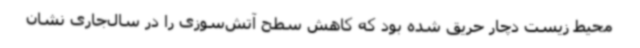
محیط زیست دچار حریق شده بود که کاهش سطح آتش‌سوزی را در سال‌جاری نشان